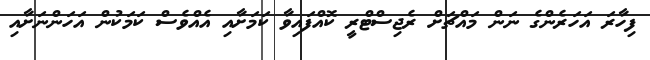
ފިހާރަ އަހަރެންގެ ނަން މައްޗަށް ރެޖިސްޓްރީ ކޮއްފައިވާ ކަމަށާއި އެއްވެސް ކަމަކުން އަހަންނަށާއި